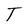
Character: T